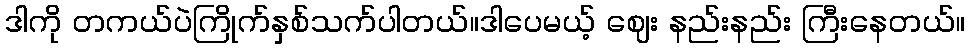
ဒါကို တကယ်ပဲကြိုက်နှစ်သက်ပါတယ်။ဒါပေမယ့် ဈေး နည်းနည်း ကြီးနေတယ်။